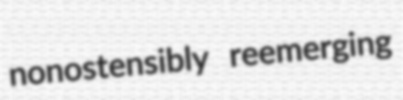
nonostensibly reemerging